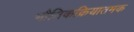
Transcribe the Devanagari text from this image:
भौतिकक्रियातमक